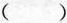
( )